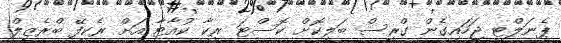
ޕެނަލްޓީ ޖަހައިގެން ގްރީސް ބަލިކޮށް ކޮސްޓަ ރީކާ ކުއާޓާ އަށް ރެކީފޭ ބްރެޒިލް